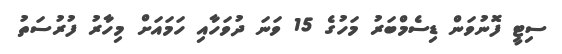
ސިޓީ ފޮނުވަން ޑިސެމްބަރު މަހުގެ 15 ވަނަ ދުވަހާއި ހަމައަށް މިހާރު ފުރުސަތު